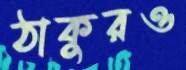
ঠাকুরও